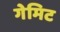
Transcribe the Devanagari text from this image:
गेमिट